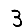
Digit: 3